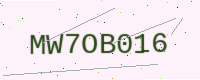
Text: MW7OB016